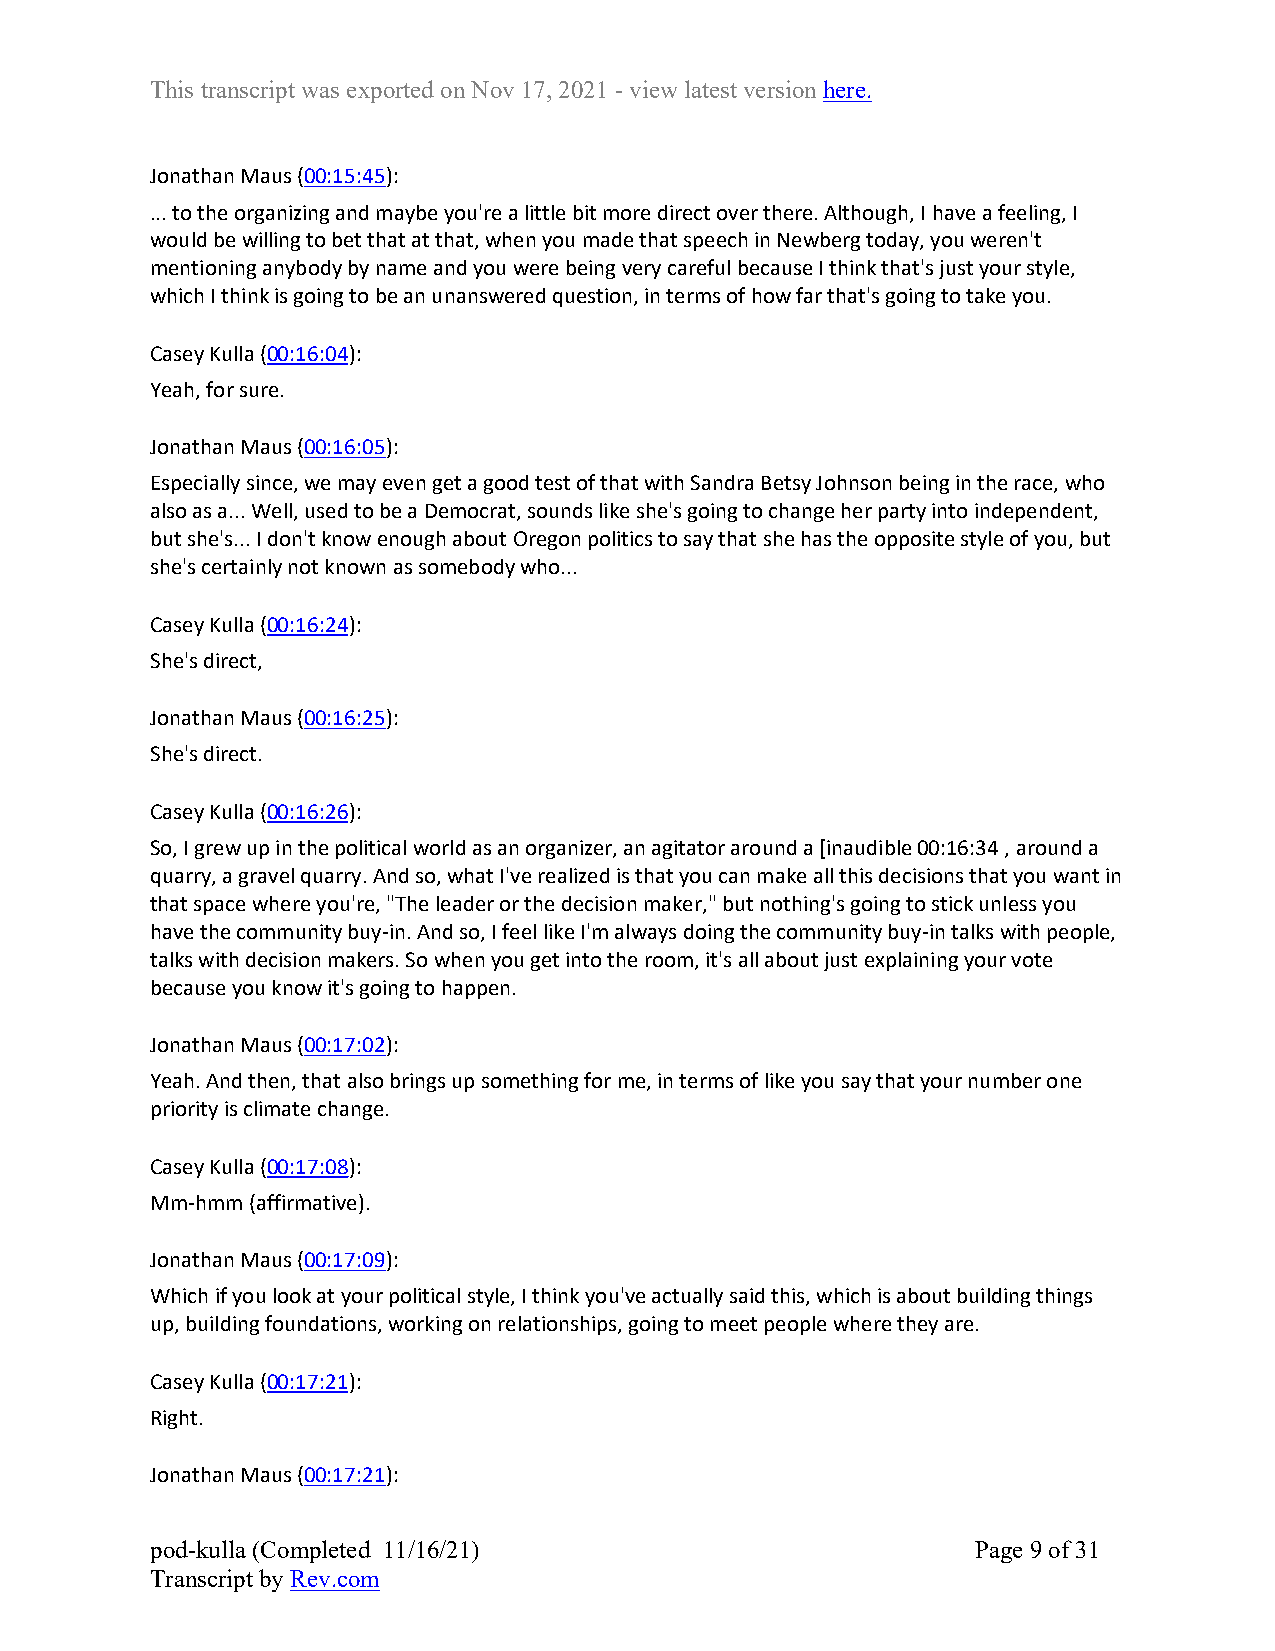
This transcript was exported on Nov 17, 2021 - view latest version here.
 Jonathan Maus (00:15:45):
 ... to the organizing and maybe you're a little bit more direct over there. Although, I have a feeling, I
 would be willing to bet that at that, when you made that speech in Newberg today, you weren't
 mentioning anybody by name and you were being very careful because I think that's just your style,
 which I think is going to be an unanswered question, in terms of how far that's going to take you.
 Casey Kulla (00:16:04):
 Yeah, for sure.
 Jonathan Maus (00:16:05):
 Especially since, we may even get a good test of that with Sandra Betsy Johnson being in the race, who
 also as a... Well, used to be a Democrat, sounds like she's going to change her party into independent,
 but she's... I don't know enough about Oregon politics to say that she has the opposite style of you, but
 she's certainly not known as somebody who...
 Casey Kulla (00:16:24):
 She's direct,
 Jonathan Maus (00:16:25):
 She's direct.
 Casey Kulla (00:16:26):
 So, I grew up in the political world as an organizer, an agitator around a [inaudible 00:16:34 , around a
 quarry, a gravel quarry. And so, what I've realized is that you can make all this decisions that you want in
 that space where you're, "The leader or the decision maker," but nothing's going to stick unless you
 have the community buy-in. And so, I feel like I'm always doing the community buy-in talks with people,
 talks with decision makers. So when you get into the room, it's all about just explaining your vote
 because you know it's going to happen.
 Jonathan Maus (00:17:02):
 Yeah. And then, that also brings up something for me, in terms of like you say that your number one
 priority is climate change.
 Casey Kulla (00:17:08):
 Mm-hmm (affirmative).
 Jonathan Maus (00:17:09):
 Which if you look at your political style, I think you've actually said this, which is about building things
 up, building foundations, working on relationships, going to meet people where they are.
 Casey Kulla (00:17:21):
 Right.
 Jonathan Maus (00:17:21):
 pod-kulla (Completed 11/16/21)                         Page 9 of 31
 Transcript by Rev.com